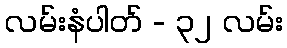
လမ်းနံပါတ် - ၃၂ လမ်း